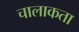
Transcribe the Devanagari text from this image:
चालाकता